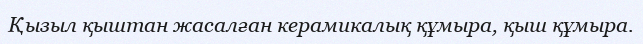
Қызыл қыштан жасалған керамикалық құмыра, қыш құмыра.